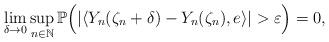
LaTeX: \begin{align*}\lim_{\delta\rightarrow 0}\sup_{n\in\mathbb{N}}\mathbb{P}\Big( |\langle Y_n(\zeta_n +\delta)-Y_n(\zeta_n) , e\rangle | >\varepsilon\Big) =0 ,\end{align*}